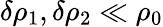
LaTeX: \delta\rho_{1},\delta\rho_{2}\ll\rho_{0}